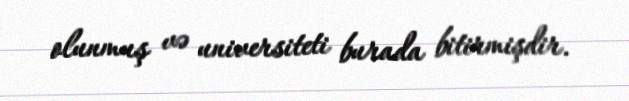
olunmuş və universiteti burada bitirmişdir.